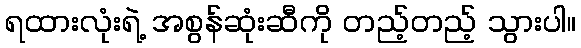
ရထားလုံးရဲ့ အစွန်ဆုံးဆီကို တည့်တည့် သွားပါ။